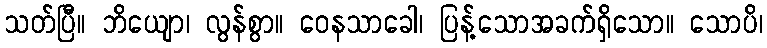
သတ်ပြီ။ ဘိယျော၊ လွန်စွာ။ ဝေနသာခေါ၊ ပြန့်သောအခက်ရှိသော။ သောပိ၊